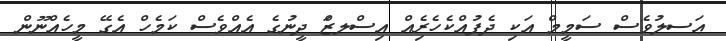
ޢަސލުވެސް ސަމީމް އަކި ދެފުއްކެހެރިެއް އިސްލޒަް ދީނުގެ އެއްވެސް ކަމެހް އެގޭ މީހެއްނޫން